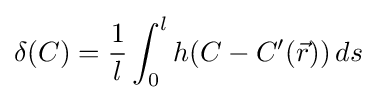
\delta (C)={\frac {1}{l}}\int _{0}^{l}h(C-C^{\prime }({\vec {r}}))\,ds